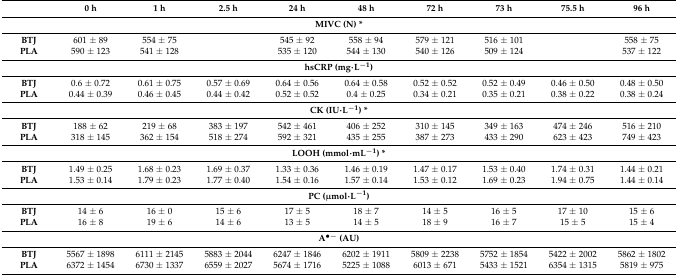
<table><thead><tr><td></td><td><b>0 h</b></td><td><b>1 h</b></td><td><b>2.5 h</b></td><td><b>24 h</b></td><td><b>48 h</b></td><td><b>72 h</b></td><td><b>73 h</b></td><td><b>75.5 h</b></td><td><b>96 h</b></td></tr></thead><tbody><tr><td colspan="10"><b>MIVC (N) *</b></td></tr><tr><td><b>BTJ</b></td><td>601 ± 89</td><td>554 ± 75</td><td></td><td>545 ± 92</td><td>558 ± 94</td><td>579 ± 121</td><td>516 ± 101</td><td></td><td>558 ± 75</td></tr><tr><td><b>PLA</b></td><td>590 ± 123</td><td>541 ± 128</td><td></td><td>535 ± 120</td><td>544 ± 130</td><td>540 ± 126</td><td>509 ± 124</td><td></td><td>537 ± 122</td></tr><tr><td colspan="10"><b>hsCRP (mg∙L<sup>−1</sup>)</b></td></tr><tr><td><b>BTJ</b></td><td>0.6 ± 0.72</td><td>0.61 ± 0.75</td><td>0.57 ± 0.69</td><td>0.64 ± 0.56</td><td>0.64 ± 0.58</td><td>0.52 ± 0.52</td><td>0.52 ± 0.49</td><td>0.46 ± 0.50</td><td>0.48 ± 0.50</td></tr><tr><td><b>PLA</b></td><td>0.44 ± 0.39</td><td>0.46 ± 0.45</td><td>0.44 ± 0.42</td><td>0.52 ± 0.52</td><td>0.4 ± 0.25</td><td>0.34 ± 0.21</td><td>0.35 ± 0.21</td><td>0.38 ± 0.22</td><td>0.38 ± 0.24</td></tr><tr><td colspan="10"><b>CK (IU∙L<sup>−1</sup>) *</b></td></tr><tr><td><b>BTJ</b></td><td>188 ± 62</td><td>219 ± 68</td><td>383 ± 197</td><td>542 ± 461</td><td>406 ± 252</td><td>310 ± 145</td><td>349 ± 163</td><td>474 ± 246</td><td>516 ± 210</td></tr><tr><td><b>PLA</b></td><td>318 ± 145</td><td>362 ± 154</td><td>518 ± 274</td><td>592 ± 321</td><td>435 ± 255</td><td>387 ± 273</td><td>433 ± 290</td><td>623 ± 423</td><td>749 ± 423</td></tr><tr><td colspan="10"><b>LOOH (mmol∙mL<sup>−1</sup>) *</b></td></tr><tr><td><b>BTJ</b></td><td>1.49 ± 0.25</td><td>1.68 ± 0.23</td><td>1.69 ± 0.37</td><td>1.33 ± 0.36</td><td>1.46 ± 0.19</td><td>1.47 ± 0.17</td><td>1.53 ± 0.40</td><td>1.74 ± 0.31</td><td>1.44 ± 0.21</td></tr><tr><td><b>PLA</b></td><td>1.53 ± 0.14</td><td>1.79 ± 0.23</td><td>1.77 ± 0.40</td><td>1.54 ± 0.16</td><td>1.57 ± 0.14</td><td>1.53 ± 0.12</td><td>1.69 ± 0.23</td><td>1.94 ± 0.75</td><td>1.44 ± 0.14</td></tr><tr><td colspan="10"><b>PC (μmol∙L<sup>−1</sup>)</b></td></tr><tr><td><b>BTJ</b></td><td>14 ± 6</td><td>16 ± 0</td><td>15 ± 6</td><td>17 ± 5</td><td>18 ± 7</td><td>14 ± 5</td><td>16 ± 5</td><td>17 ± 10</td><td>15 ± 6</td></tr><tr><td><b>PLA</b></td><td>16 ± 8</td><td>19 ± 6</td><td>14 ± 6</td><td>13 ± 5</td><td>14 ± 5</td><td>18 ± 9</td><td>16 ± 7</td><td>15 ± 5</td><td>15 ± 4</td></tr><tr><td colspan="10"><b>A<sup>•−</sup> (AU)</b></td></tr><tr><td><b>BTJ</b></td><td>5567 ± 1898</td><td>6111 ± 2145</td><td>5883 ± 2044</td><td>6247 ± 1846</td><td>6202 ± 1911</td><td>5809 ± 2238</td><td>5752 ± 1854</td><td>5422 ± 2002</td><td>5862 ± 1802</td></tr><tr><td><b>PLA</b></td><td>6372 ± 1454</td><td>6730 ± 1337</td><td>6559 ± 2027</td><td>5674 ± 1716</td><td>5225 ± 1088</td><td>6013 ± 671</td><td>5433 ± 1521</td><td>6354 ± 1315</td><td>5819 ± 975</td></tr></tbody></table>